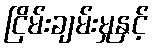
ငြိမ်းချမ်းမှုနှင့်